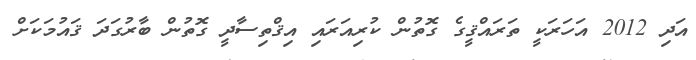
އަދި 2012 އަހަރަކީ ތަރައްޤީގެ ގޮތުން ކުރިއަރައި އިޤްތިސާދީ ގޮތުން ބާރުގަދަ ޤައުމަކަށް